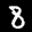
Label: 8